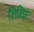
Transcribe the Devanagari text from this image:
शिशिरः